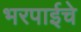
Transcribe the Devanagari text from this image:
भरपाईचे